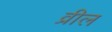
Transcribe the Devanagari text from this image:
व्रील